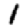
Digit: 1